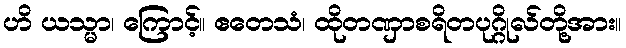
ဟိ ယသ္မာ၊ ကြောင့်။ ဧတေသံ၊ ထိုတဏှာစရိတပုဂ္ဂိုလ်တို့အား။